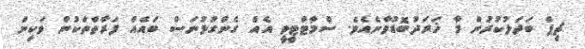
ޗިޕް ބަދަލުކުރުން މާ ޚަރަދުބޮޑުވާނެއެވެ. ސްމާޓްޓީވީ އެއް ގެންގުޅުނަސް ބައެއް ފަރާތްތަކުން ވަކިން